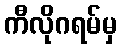
ကီလိုဂရမ်မှ